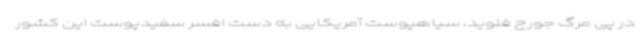
در پی مرگ جورج فلوید، سیاهپوست آمریکایی به دست افسر سفیدپوست این کشور